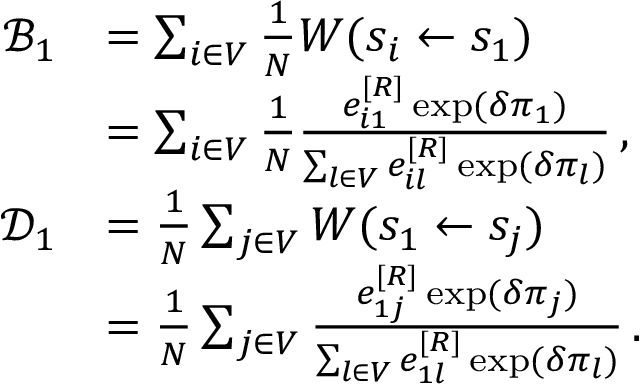
\begin{array} { r l } { \mathcal { B } _ { 1 } } & { = \sum _ { i \in V } \frac { 1 } { N } W ( s _ { i } \gets s _ { 1 } ) } \\ & { = \sum _ { i \in V } \frac { 1 } { N } \frac { e _ { i 1 } ^ { [ R ] } \exp ( \delta \pi _ { 1 } ) } { \sum _ { l \in V } e _ { i l } ^ { [ R ] } \exp ( \delta \pi _ { l } ) } \, , } \\ { \mathcal { D } _ { 1 } } & { = \frac { 1 } { N } \sum _ { j \in V } W ( s _ { 1 } \gets s _ { j } ) } \\ & { = \frac { 1 } { N } \sum _ { j \in V } \frac { e _ { 1 j } ^ { [ R ] } \exp ( \delta \pi _ { j } ) } { \sum _ { l \in V } e _ { 1 l } ^ { [ R ] } \exp ( \delta \pi _ { l } ) } \, . } \end{array}